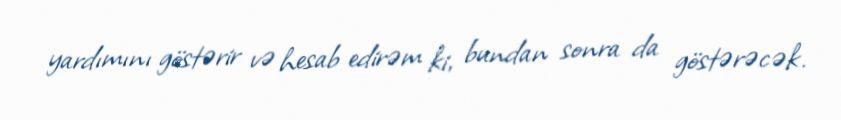
yardımını göstərir və hesab edirəm ki, bundan sonra da göstərəcək.